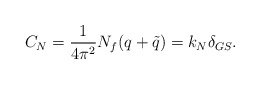
\begin{align*}C_N = {1 \over 4 \pi^2} N_f (q + {\tilde q}) = k_N \delta_{GS}.\end{align*}